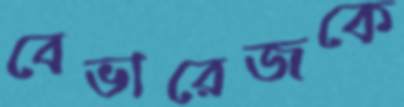
বেভারেজকে